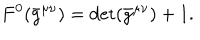
{ } F ^ { 0 } ( \bar { g } ^ { \mu \nu } ) = \det ( \bar { g } ^ { \mu \nu } ) + 1 .